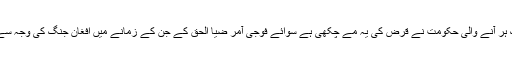
پاکستان نے پہلی بار ستّر کی دہائی میں آئی ایم ایف سے قرض لیا تھا اس کے بعد سے اب تک ہر آنے والی حکومت نے قرض کی یہ مے چکھی ہے سوائے فوجی آمر ضیا الحق کے جن کے زمانے میں افغان جنگ کی وجہ سے ڈالر کی اتنی ریل پیل تھی کہ انھیں قرض لینے کی کچھ خاص ضرورت محسوس نہیں ہوئی۔